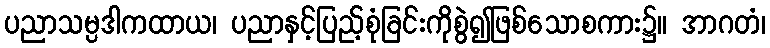
ပညာသမ္ပဒါကထာယ၊ ပညာနှင့်ပြည့်စုံခြင်းကိုစွဲ၍ဖြစ်သောစကား၌။ အာဂတံ၊